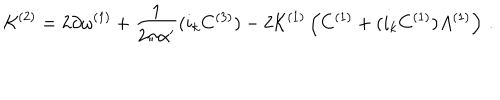
LaTeX: { \cal K } ^ { ( 2 ) } = 2 \partial \omega ^ { ( 1 ) } + { \frac { 1 } { 2 \pi \alpha ^ { \prime } } } ( i _ { k } C ^ { ( 3 ) } ) - 2 { \cal K } ^ { ( 1 ) } \left( C ^ { ( 1 ) } + ( i _ { k } C ^ { ( 1 ) } ) A ^ { ( 1 ) } \right) \, .